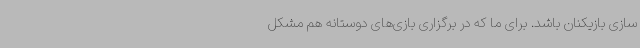
سازی بازیکنان باشد. برای ما که در برگزاری بازی‌های دوستانه هم مشکل